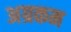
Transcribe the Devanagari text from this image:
अग्रकम